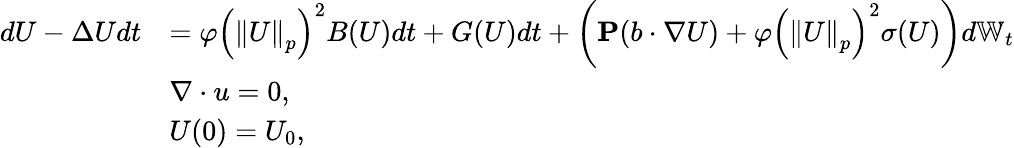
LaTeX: \begin{array}{rl}{dU-\Delta Udt}&{=\varphi\left(\left\| U\right\| _{p}\right)^{2}B(U)dt+G(U)dt+\left(\mathbf{P}(b\cdot\nabla U)+\varphi\left(\left\| U\right\| _{p}\right)^{2}\sigma(U)\right)d\mathbb{W}_{t}}\\ &{\nabla\cdot u=0,}\\ &{U(0)=U_{0},}\end{array}